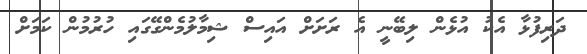
ދަރިފުޅާ އެކު އުޅެން ލިބޭނީ އެ ރަށަށް އައިސް ޝިމާލުމެންގޭގައި ހުރުމުން ކަމަށް